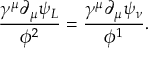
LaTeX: \frac { \gamma ^ { \mu } \partial _ { \mu } \psi _ { L } } { \phi ^ { 2 } } = \frac { \gamma ^ { \mu } \partial _ { \mu } \psi _ { \nu } } { \phi ^ { 1 } } .